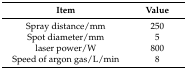
<table><thead><tr><td><b>Item</b></td><td><b>Value</b></td></tr></thead><tbody><tr><td>Spray distance/mm</td><td>250</td></tr><tr><td>Spot diameter/mm</td><td>5</td></tr><tr><td>laser power/W</td><td>800</td></tr><tr><td>Speed of argon gas/L/min</td><td>8</td></tr></tbody></table>